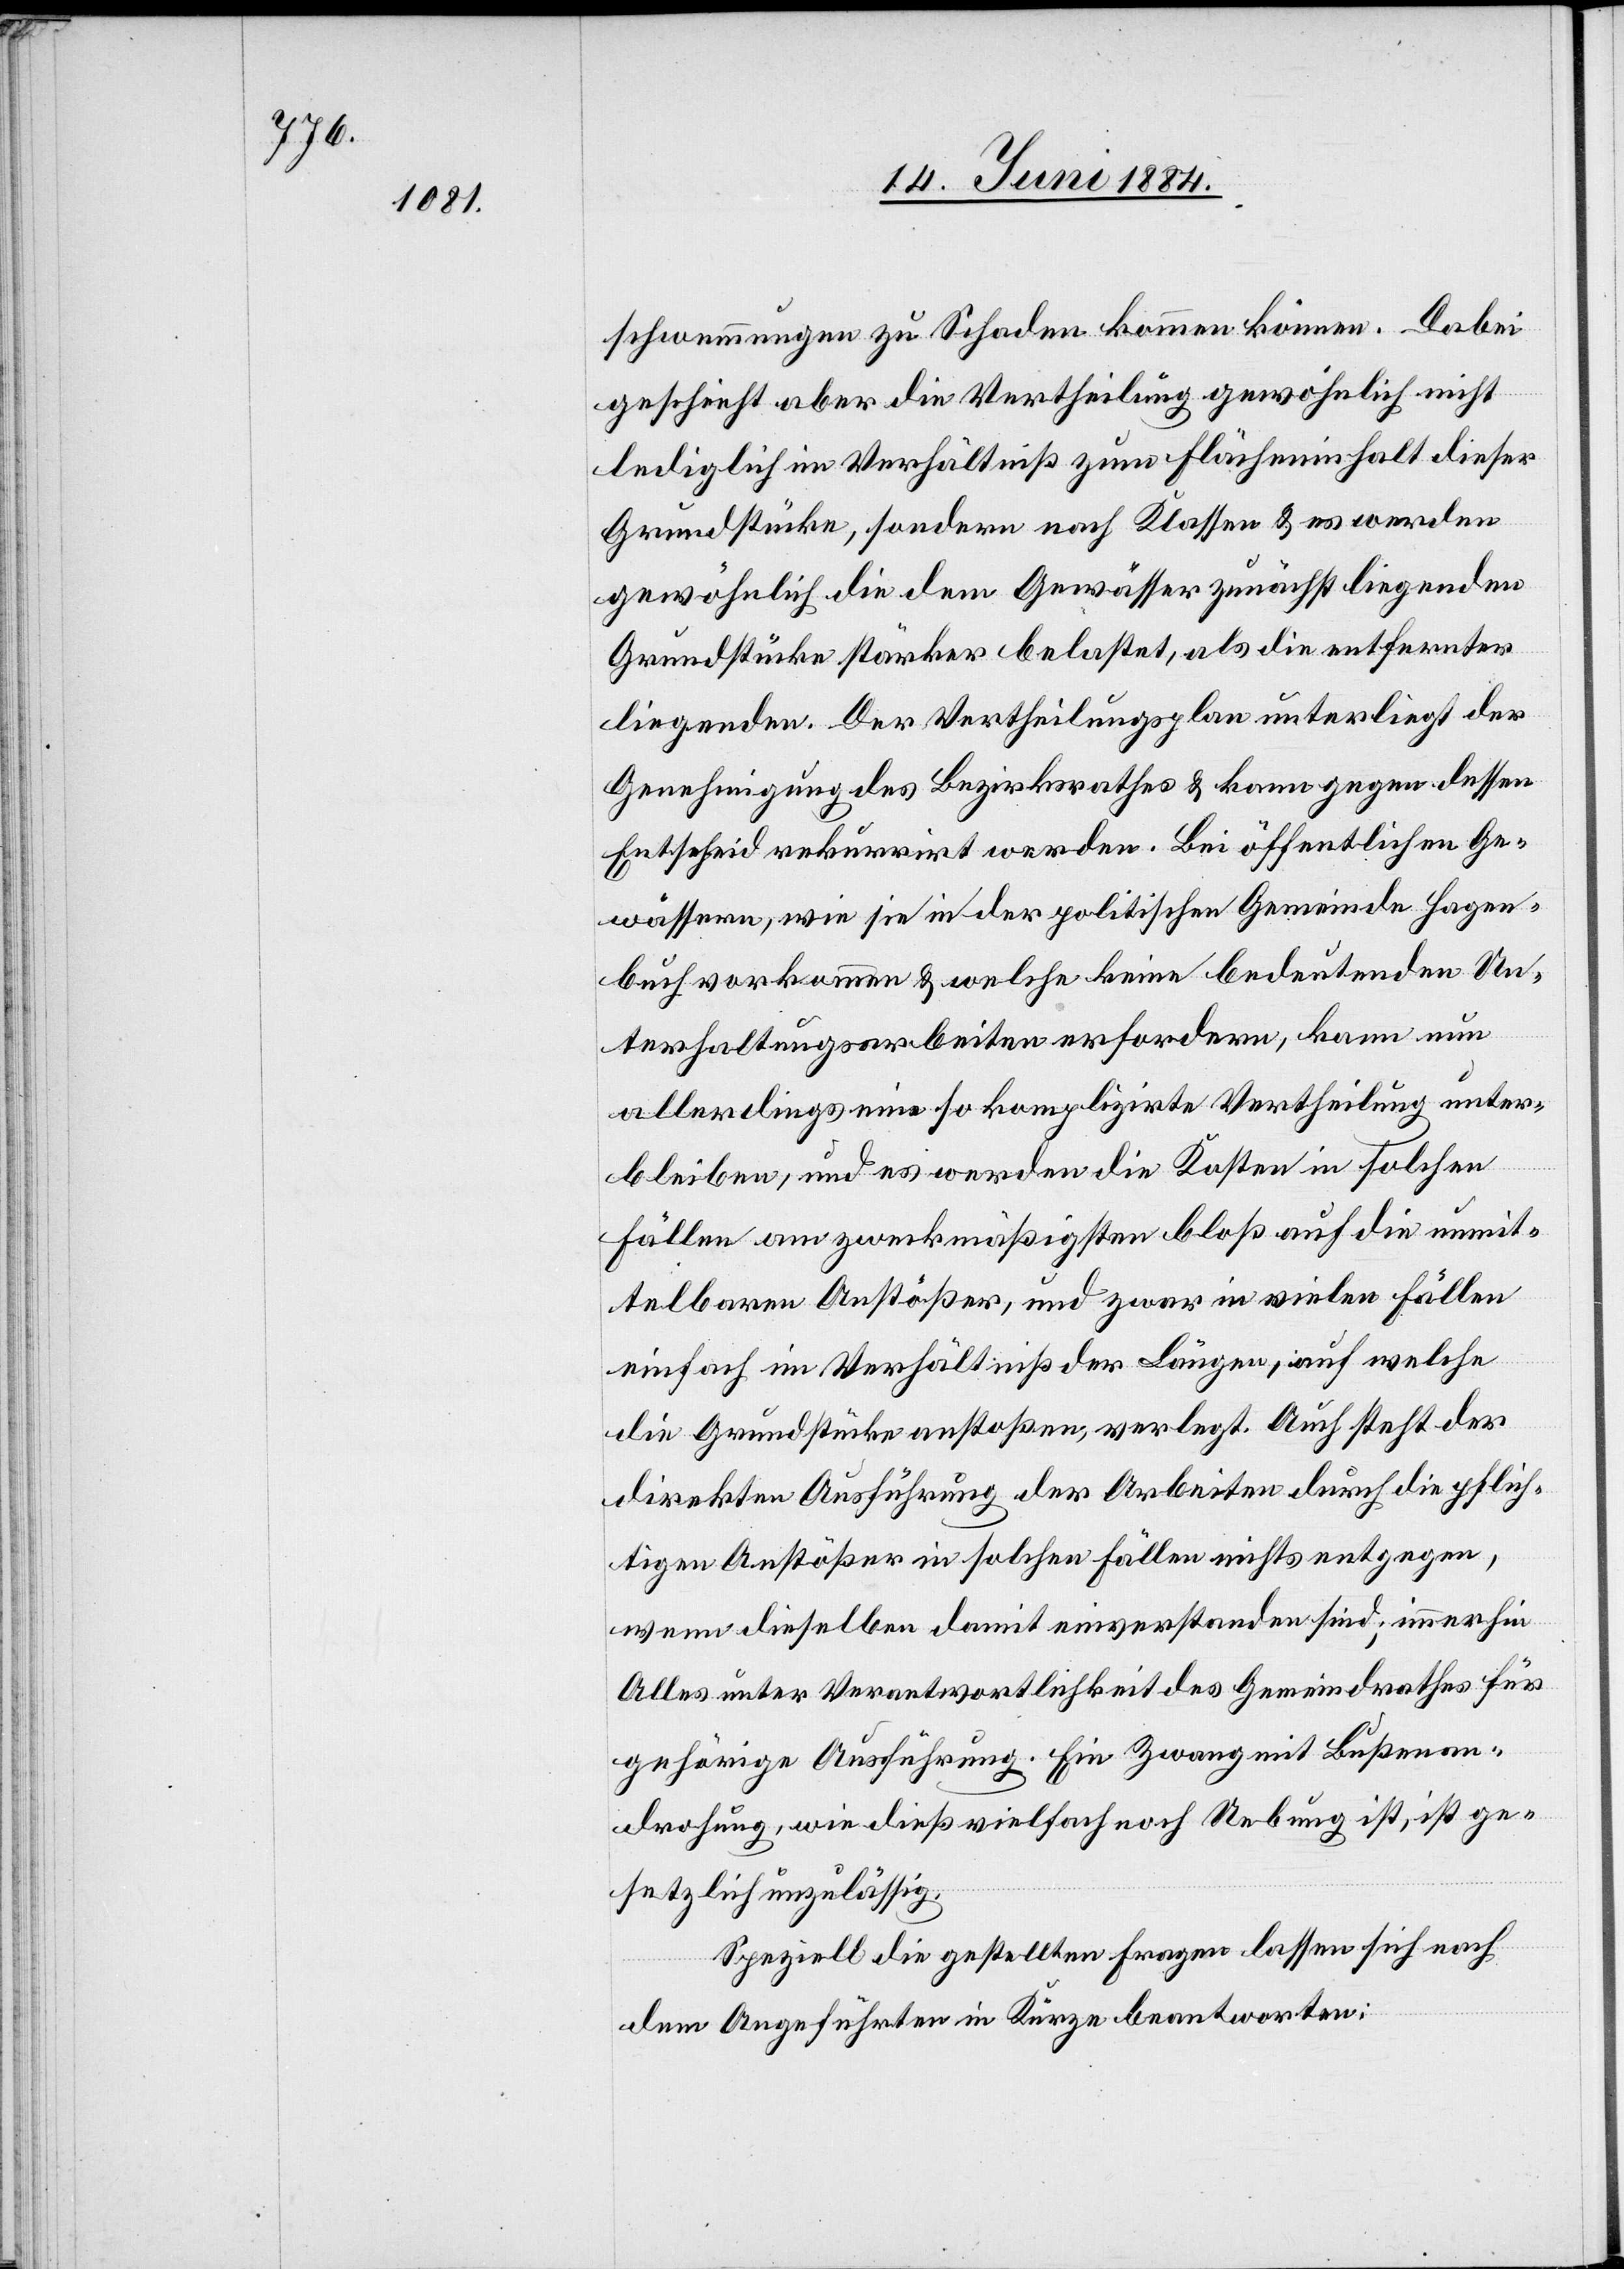
schwemmungen zu Schaden kommen können. Dabei
geschieht aber die Vertheilung gewöhnlich nicht
lediglich im Verhältniß zum Flächeninhalt dieser
Grundstücke, sondern nach Klassen & es werden
gewöhnlich die dem Gewässer zunächst liegenden
Grundstücke stärker belastet, als die entfernter
liegenden. Der Vertheilungsplan unterliegt der
Genehmigung des Bezirksrathes & kann gegen dessen
Entscheid rekurrirt werden. Bei öffentlichen Ge¬
wässern, wie sie in der politischen Gemeinde Hagen¬
buch vorkommen & welche keine bedeutenden Un¬
terhaltungsarbeiten erfordern, kann nun
allerdings eine so komplizirte Vertheilung unter¬
bleiben, und es werden die Kosten in solchen
Fällen am zweckmäßigsten bloß auf die unmit¬
telbaren Anstößer, und zwar in vielen Fällen
einfach im Verhältniß der Längen, auf welche
die Grundstücke anstoßen, verlegt. Auch steht der
direkten Ausführung der Arbeiten durch die pflich¬
tigen Anstößer in solchen Fällen nichts entgegen,
wenn dieselben damit einverstanden sind; immerhin
Alles unter Verantwortlichkeit des Gemeindrathes für
gehörige Ausführung. Ein Zwang mit Bußenan¬
drohung, wie dieß vielfach noch Uebung ist, ist ge¬
setzlich unzulässig.
Speziell die gestellten Fragen lassen sich nach
dem Angeführten in Kürze beantworten: